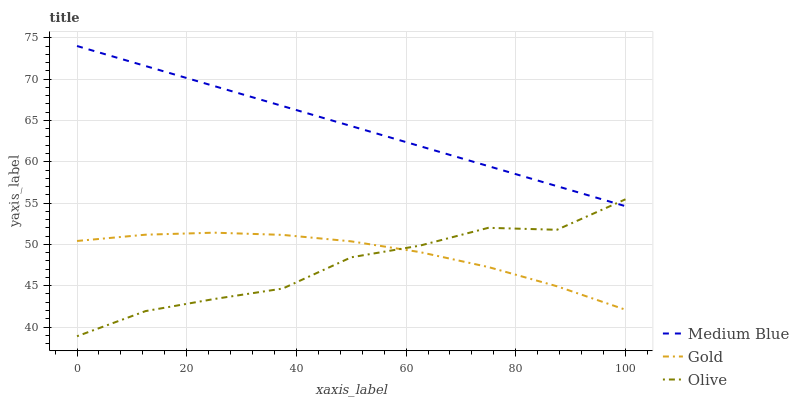
| xaxis_label | Medium Blue | Gold | Olive |
 | --- | --- | --- | --- |
 | 0 | 74 | 50.4 | 38.9 |
 | 12.5 | 71.6 | 51.2 | 41.9 |
 | 25 | 69.2 | 51.4 | 43.4 |
 | 37.5 | 66.7 | 51.2 | 44.7 |
 | 50 | 64.3 | 50.4 | 48.4 |
 | 62.5 | 61.9 | 49.1 | 49.8 |
 | 75 | 59.5 | 47.3 | 52 |
 | 87.5 | 57 | 44.9 | 51.8 |
 | 100 | 54.6 | 42.1 | 55.5 |